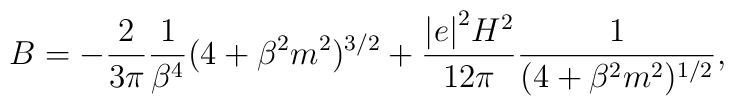
B = - \frac{2}{3 \pi} \frac{1}{\beta^4} (4 + \beta^2 m^2 )^{3/2} + \frac{{\vert e \vert}^2 H^2}{12 \pi} \frac{1}{ (4 + \beta^2 m^2)^{1/2}},